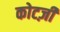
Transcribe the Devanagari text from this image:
कोटज़ी